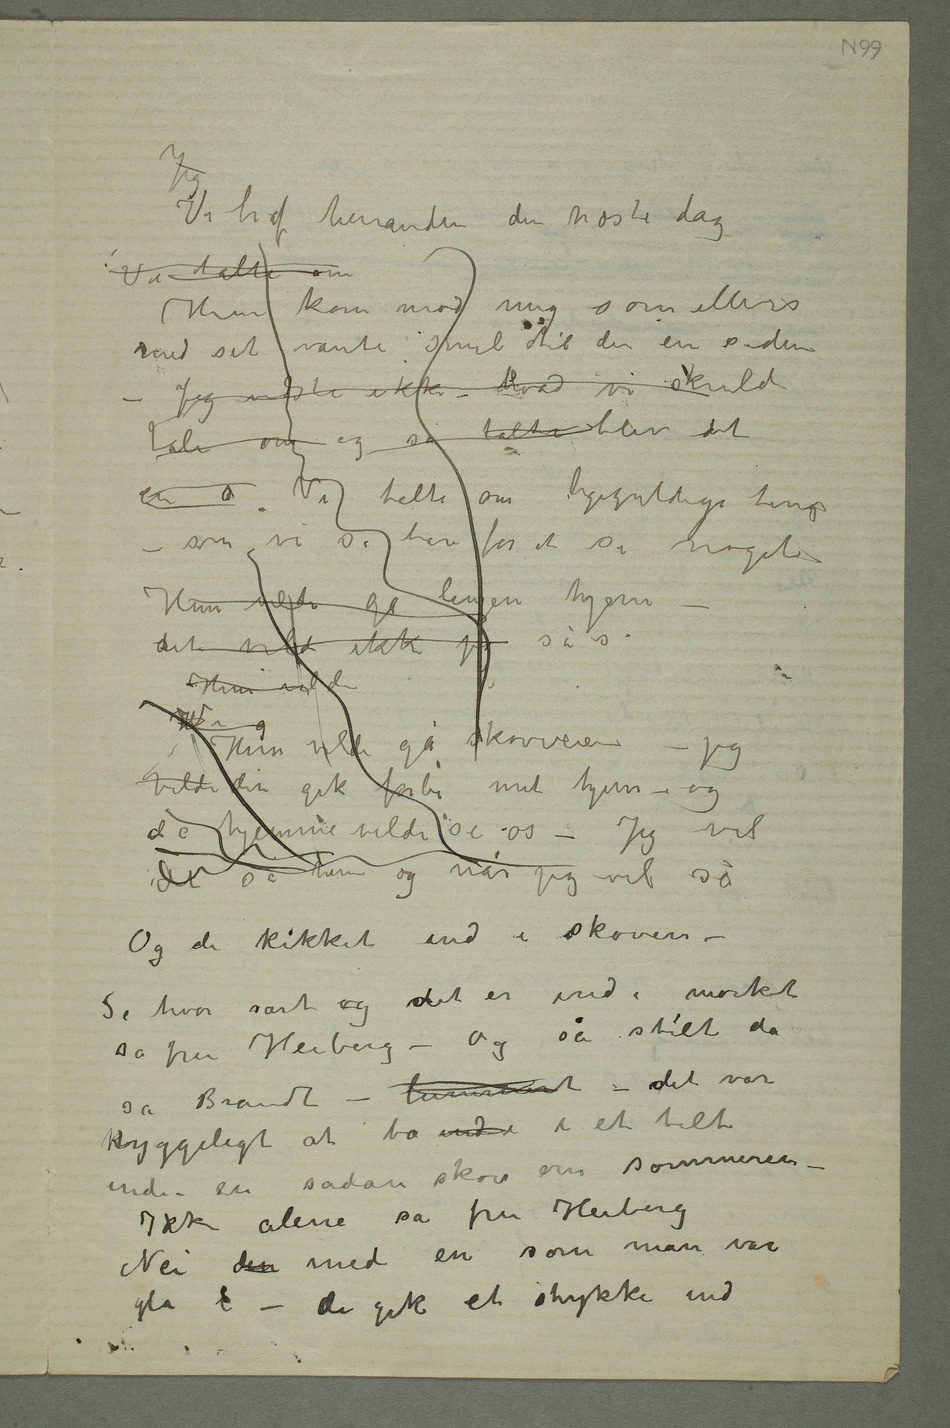
Vi traf hinanden den næste dag
Hun kom mod mig som ellers
med sit vante smil til den ene siden –
Jeg visste ikke – hvad vi skulde
tale om og så talte blev det
en  Vi talte om ligegyldige ting –
som vi sa bare for at si noget
Hun vilde gå lenger hjem –
vilde den gik forbi mit hjem – og de
vil så
Og de kikket ind i skoven –
Se hvor rart og det er inde i mørket
sa fru Heiberg – og så stilt da
sa Brandt – lummert – det var
hyggelig at bo indi i et telt inde
i en sådan skov om sommeren –
Ikke alene sa fru Heiberg
Nei den med en som man var
gla i – de gik et stykke ind